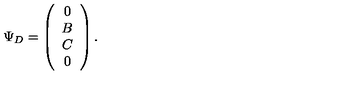
\Psi _ { D } = \left( \begin{array} { c } { 0 } \\ { B } \\ { C } \\ { 0 } \\ \end{array} \right) .